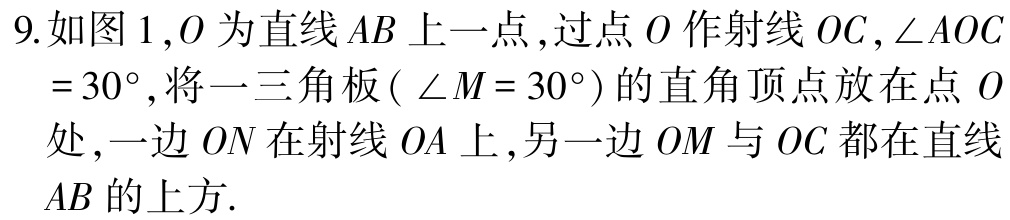
9.如图1,$O$为直线$AB$上一点,过点$O$作射线$OC$,$\angle AOC =30^{\circ}$,将一三角板($\angle M = 30^{\circ}$)的直角顶点放在点$O$处,一边$ON$在射线$OA$上,另一边$OM$与$OC$都在直线$AB$的上方.